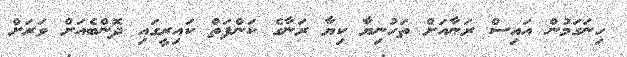
ހިނަގަމުން އައިސް ރަނާއަށް ތަހުނިޔާ ކިޔާ ރަނާގެ ކަންފަތް ކައިރީގައި ދޮންބެއަށް ވަރަށް